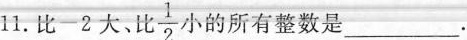
11.比-2大、比 \frac{1}{2}小的所有整数是 ___ .